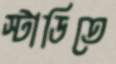
স্টাডিতে